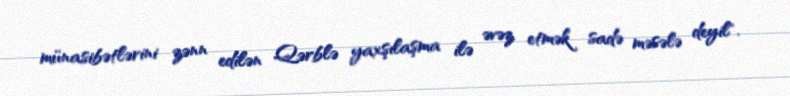
münasibətlərini zənn edilən Qərblə yaxşılaşma ilə əvəz etmək sadə məsələ deyil".